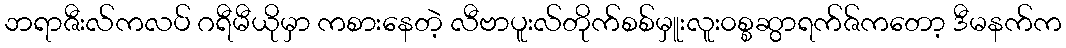
ဘရာဇီးလ်ကလပ် ဂရီမီယိုမှာ ကစားနေတဲ့ လီဗာပူးလ်တိုက်စစ်မှူးလူး၀စ္စဆွာရက်ဇ်ကတော့ ဒီမနက်က